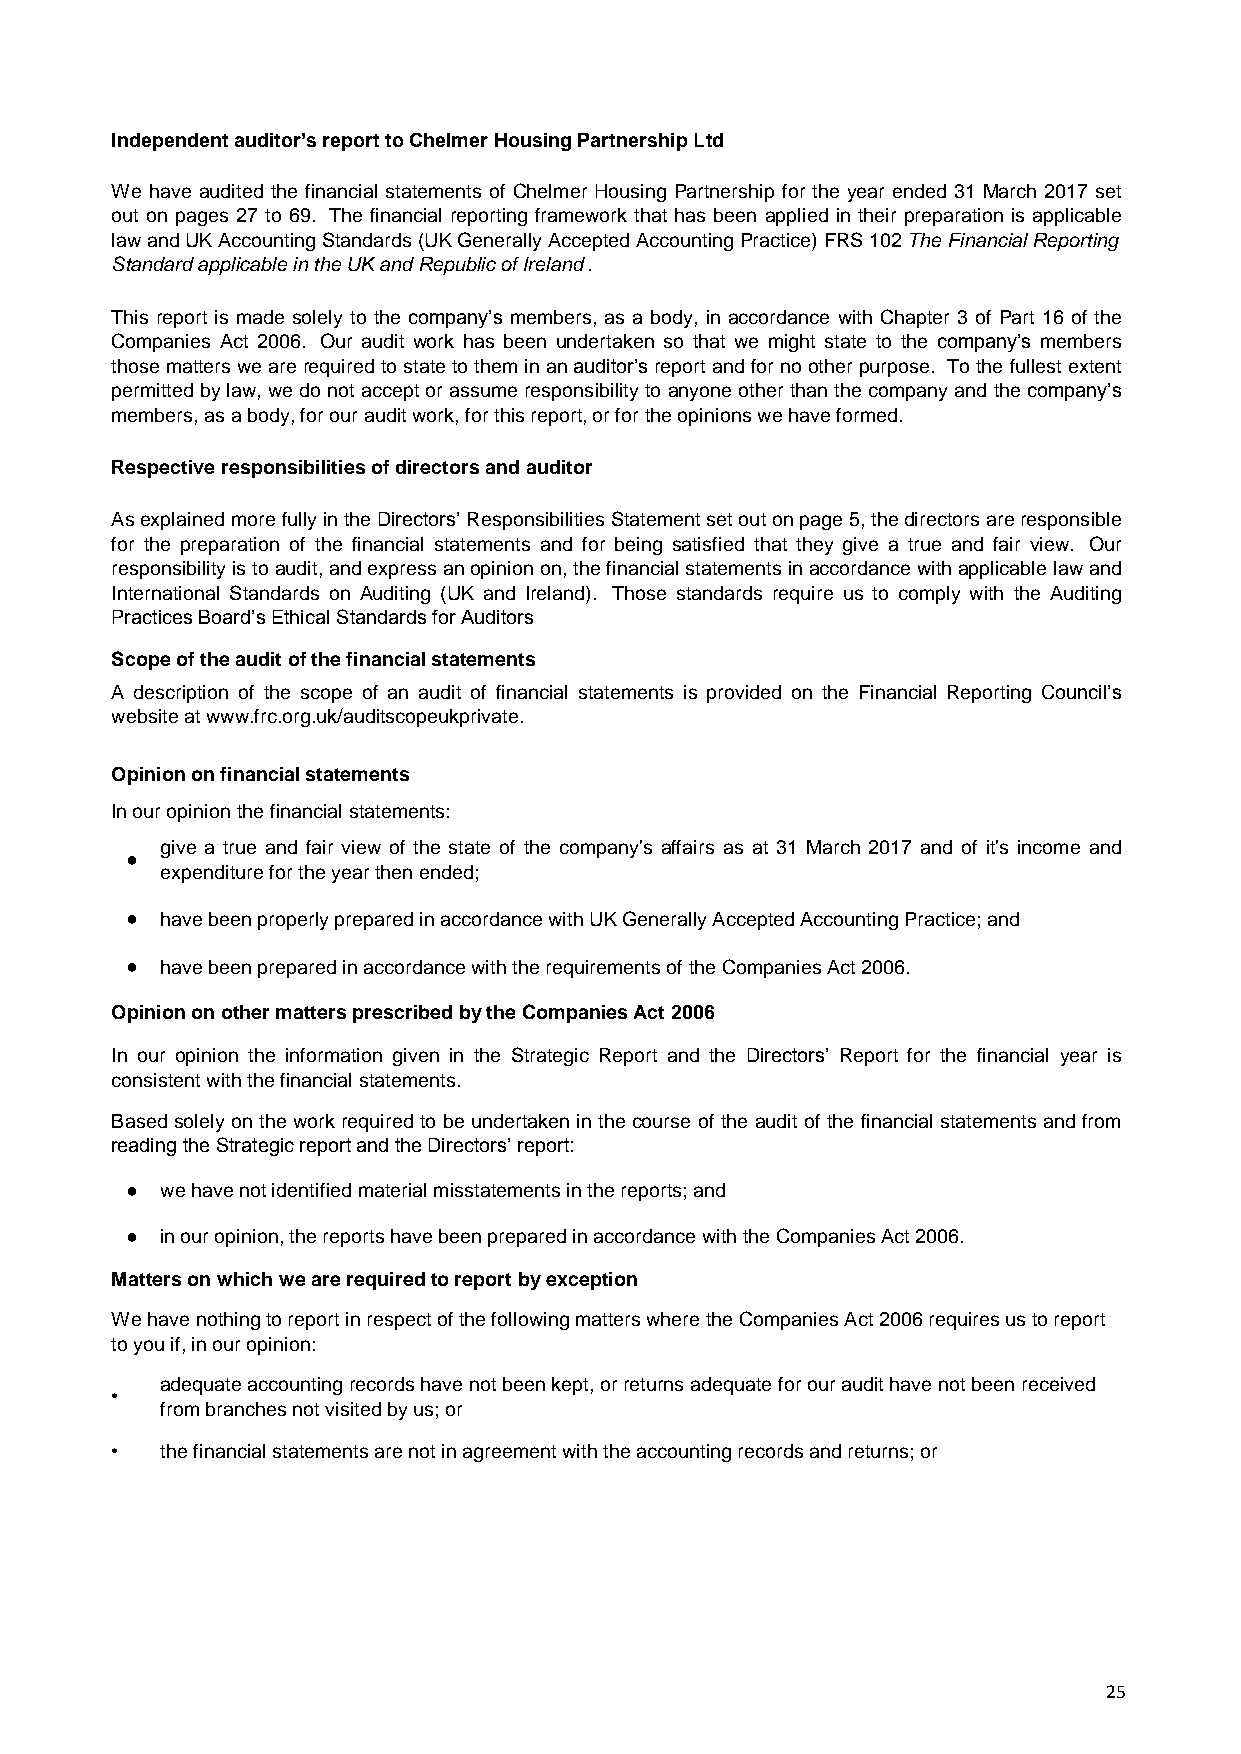
Independent auditor’s report to Chelmer Housing Partnership Ltd
 We have audited the financial statements of Chelmer Housing Partnership for the year ended 31 March 2017 set
 out on pages 27 to 69. The financial reporting framework that has been applied in their preparation is applicable
 lawandUKAccountingStandards(UKGenerallyAcceptedAccountingPractice)FRS102TheFinancialReporting
 Standard applicable in the UK and Republic of Ireland.
 This report is made solely to the company’s members, as a body, in accordance with Chapter 3 of Part 16 of the
 Companies Act 2006. Our audit work has been undertaken so that we might state to the company’s members
 thosematterswearerequiredtostatetotheminanauditor’sreportandfornootherpurpose. Tothefullestextent
 permittedbylaw,wedonotacceptorassumeresponsibilityto anyoneotherthanthe companyand thecompany’s
 members, as a body, for our audit work, for this report, or for the opinions we have formed.
 Respective responsibilities of directors and auditor
 AsexplainedmorefullyintheDirectors’ResponsibilitiesStatementsetoutonpage5,thedirectorsareresponsible
 for the preparation of the financial statements and for being satisfied that they give a true and fair view. Our
 responsibilityistoaudit,andexpressanopinionon,thefinancialstatementsinaccordancewithapplicablelawand
 International Standards on Auditing (UK and Ireland). Those standards require us to comply with the Auditing
 Practices Board’s Ethical Standards for Auditors
 Scope of the audit of the financial statements
 A description of the scope of an audit of financial statements is provided on the Financial Reporting Council’s
 website at www.frc.org.uk/auditscopeukprivate.
 Opinion on financial statements
 In our opinion the financial statements:
 give a true and fair view of the state of the company's affairs as at 31 March 2017 and of it's income and
 ●
 expenditure for the year then ended;
 ●  have been properly prepared in accordance with UK Generally Accepted Accounting Practice; and
 ●  have been prepared in accordance with the requirements of the Companies Act 2006.
 Opinion on other matters prescribed by the Companies Act 2006
 In our opinion the information given in the Strategic Report and the Directors’ Report for the financial year is
 consistent with the financial statements.
 Based solelyon the work required to be undertaken in the course of the audit of the financial statements andfrom
 reading the Strategic report and the Directors’ report:
 ●  we have not identified material misstatements in the reports; and
 ●  in our opinion, the reports have been prepared in accordance with the Companies Act 2006.
 Matters on which we are required to report by exception
 We have nothing to report in respect of the following matters where the Companies Act 2006 requires us to report
 to you if, in our opinion:
 adequate accounting records have not been kept, or returns adequate for our audit have not been received
 •
 from branches not visited by us; or
 •   the financial statements are not in agreement with the accounting records and returns; or
 25